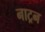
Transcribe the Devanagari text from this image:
नाट्रन